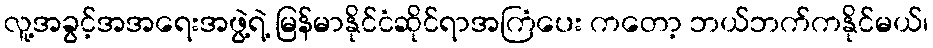
လူ့အခွင့်အအရေးအဖွဲ့ရဲ့ မြန်မာနိုင်ငံဆိုင်ရာအကြံပေး ကတော့ ဘယ်ဘက်ကနိုင်မယ်၊